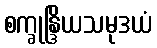
စက္ခုန္ဒြိယသမုဒယံ